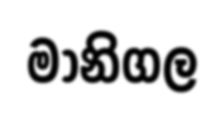
මානිගල